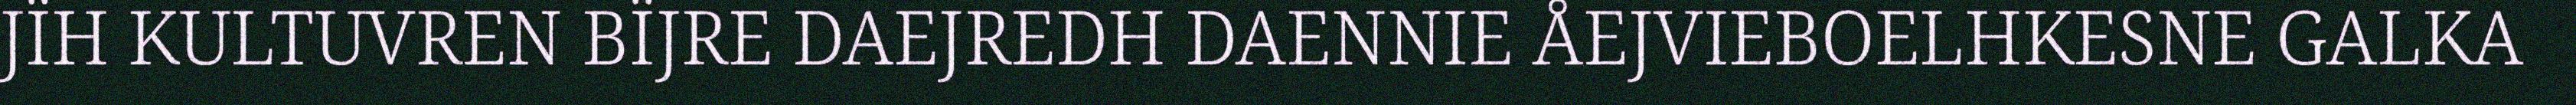
JÏH KULTUVREN BÏJRE DAEJREDH DAENNIE ÅEJVIEBOELHKESNE GALKA